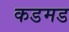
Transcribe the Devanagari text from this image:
कडमड